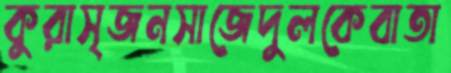
কুরাসৃজনসাজেদুলকেবাতা